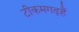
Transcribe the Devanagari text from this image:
टीकमगढ़हैं